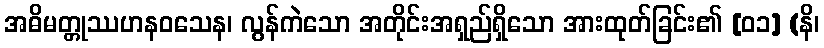
အဓိမတ္တုဿဟနဝသေန၊ လွန်ကဲသော အတိုင်းအရှည်ရှိသော အားထုတ်ခြင်း၏ [၀၁] (နိ၊